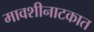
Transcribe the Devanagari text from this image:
मावशीनाटकात